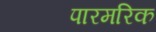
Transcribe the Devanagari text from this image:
पारमरिक